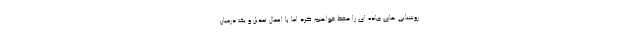
روشنایی های جاده ای را حفظ خواهیم کرد اما با اعمال تعدیل و یک درمیان